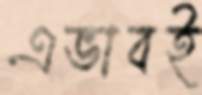
এভাবই